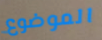
الموضوع